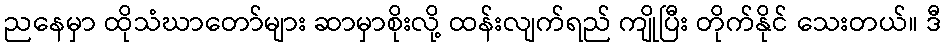
ညနေမှာ ထိုသံဃာတော်များ ဆာမှာစိုးလို့ ထန်းလျက်ရည် ကျိုပြီး တိုက်နိုင် သေးတယ်။ ဒီ